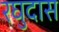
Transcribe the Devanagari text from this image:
रघुदास